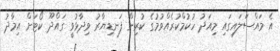
އެ މައްސަލައިގައި މިއަދު ހުކުމްކުރެއްވުމުގެ ކުރިން ފަނޑިޔާރު ވިދާޅުވީ ގައްދޫ ކޯޓަށް އިމާދު